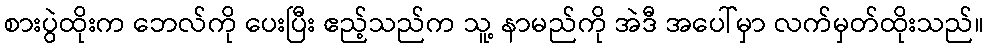
စားပွဲထိုးက ဘေလ်ကို ပေးပြီး ဧည့်သည်က သူ့ နာမည်ကို အဲဒီ အပေါ်မှာ လက်မှတ်ထိုးသည်။